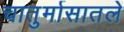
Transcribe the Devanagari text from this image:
चातुर्मासातले